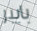
بايبر